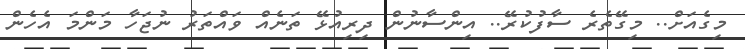
މިގެއަށް.. މިގޭތެރެ ސާފުކުރޭ.. އިންސާނުން ދިރިއުޅޭ ތަނެއް ވައްތަރު ނުޖަހާ މަންމަ އެހެން